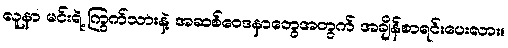
လူနာ မင်းရဲ့ ကြွက်သားနဲ့ အဆစ်ဝေဒနာတွေအတွက် အချိန်စာရင်းပေးလား။